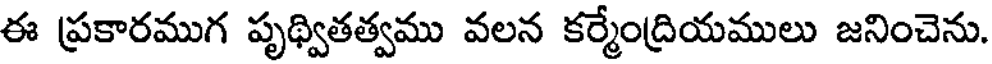
ఈ ప్రకారముగ పృథ్వితత్వము వలన కర్మేంద్రియములు జనించెను.